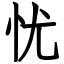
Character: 忧